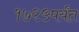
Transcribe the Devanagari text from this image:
१७२५पर्यंत